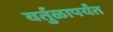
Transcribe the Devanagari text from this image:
वर्तुळापर्यंत